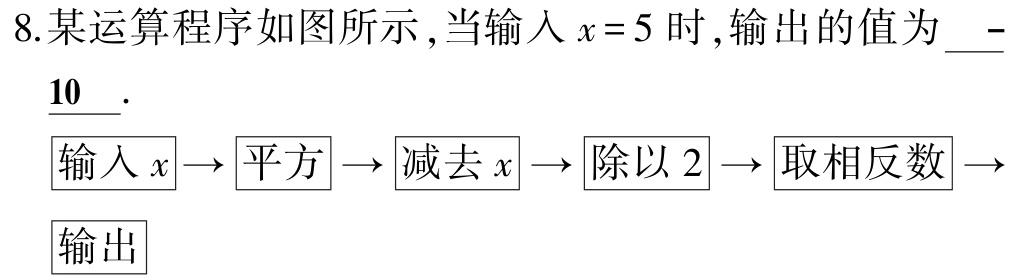
8.某运算程序如图所示 ,当输入\(x = 5\)时 ,输出的值为 \(-\)

\(10\) .

\[

\begin{matrix}

输入x&\rightarrow& 平方&\rightarrow& 减去x&\rightarrow& 除以2&\rightarrow& 取相反数&\rightarrow&\\

&&&&&&&&&&输出

\end{matrix}

\]